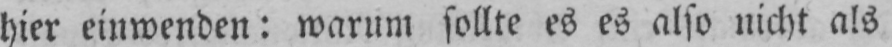
hier einwenden: warum sollte es es also nicht als